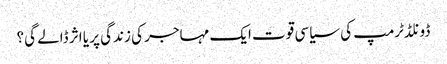
ڈونلڈٹرمپ کی سیاسی قوت ایک مہاجر کی زندگی پر یا اثر ڈالے گی؟